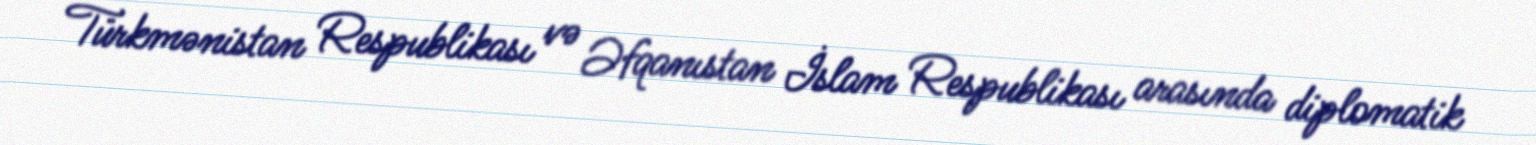
Türkmənistan Respublikası və Əfqanıstan İslam Respublikası arasında diplomatik